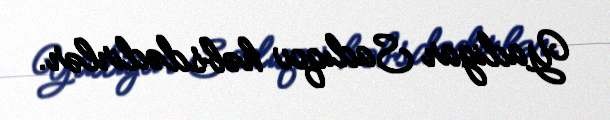
Yadigar Sadıqov həbsdədirlər.